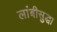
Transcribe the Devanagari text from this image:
लांबीसुद्धा